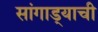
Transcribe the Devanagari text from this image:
सांगाड्याची